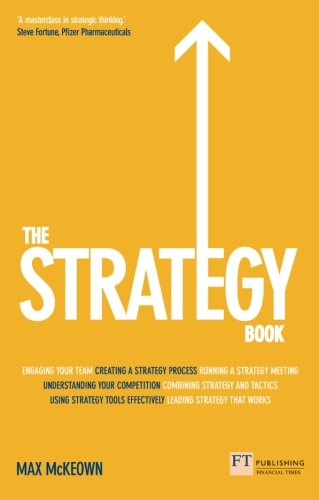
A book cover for The Strategy Book: How To Think and Act Strategically to Deliver Outstanding Results; Max Mckeown; Business & Money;